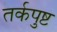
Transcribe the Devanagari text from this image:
तर्कपुष्ट